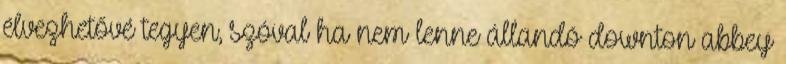
élvezhetővé tegyen, szóval ha nem lenne állandó downton abbey